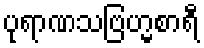
ပုရာဏသဗြဟ္မစာရီ